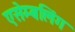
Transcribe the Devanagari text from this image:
एसेम्बलिंग